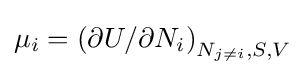
\mu _{i}=\left(\partial U/\partial N_{i}\right)_{N_{j\neq i},S,V}